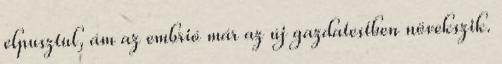
elpusztul, ám az embrió már az új gazdatestben növekszik.